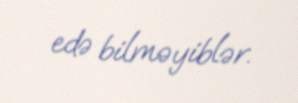
edə bilməyiblər.